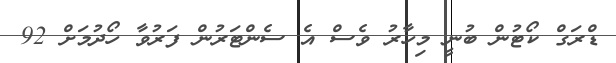
ޑްރަގް ކޯޓުން ބުނީ މިހާރު ވެސް އެ ސެންޓަރުން ފަރުވާ ހޯދުމަށް 92